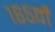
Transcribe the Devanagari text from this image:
१६५वाँ